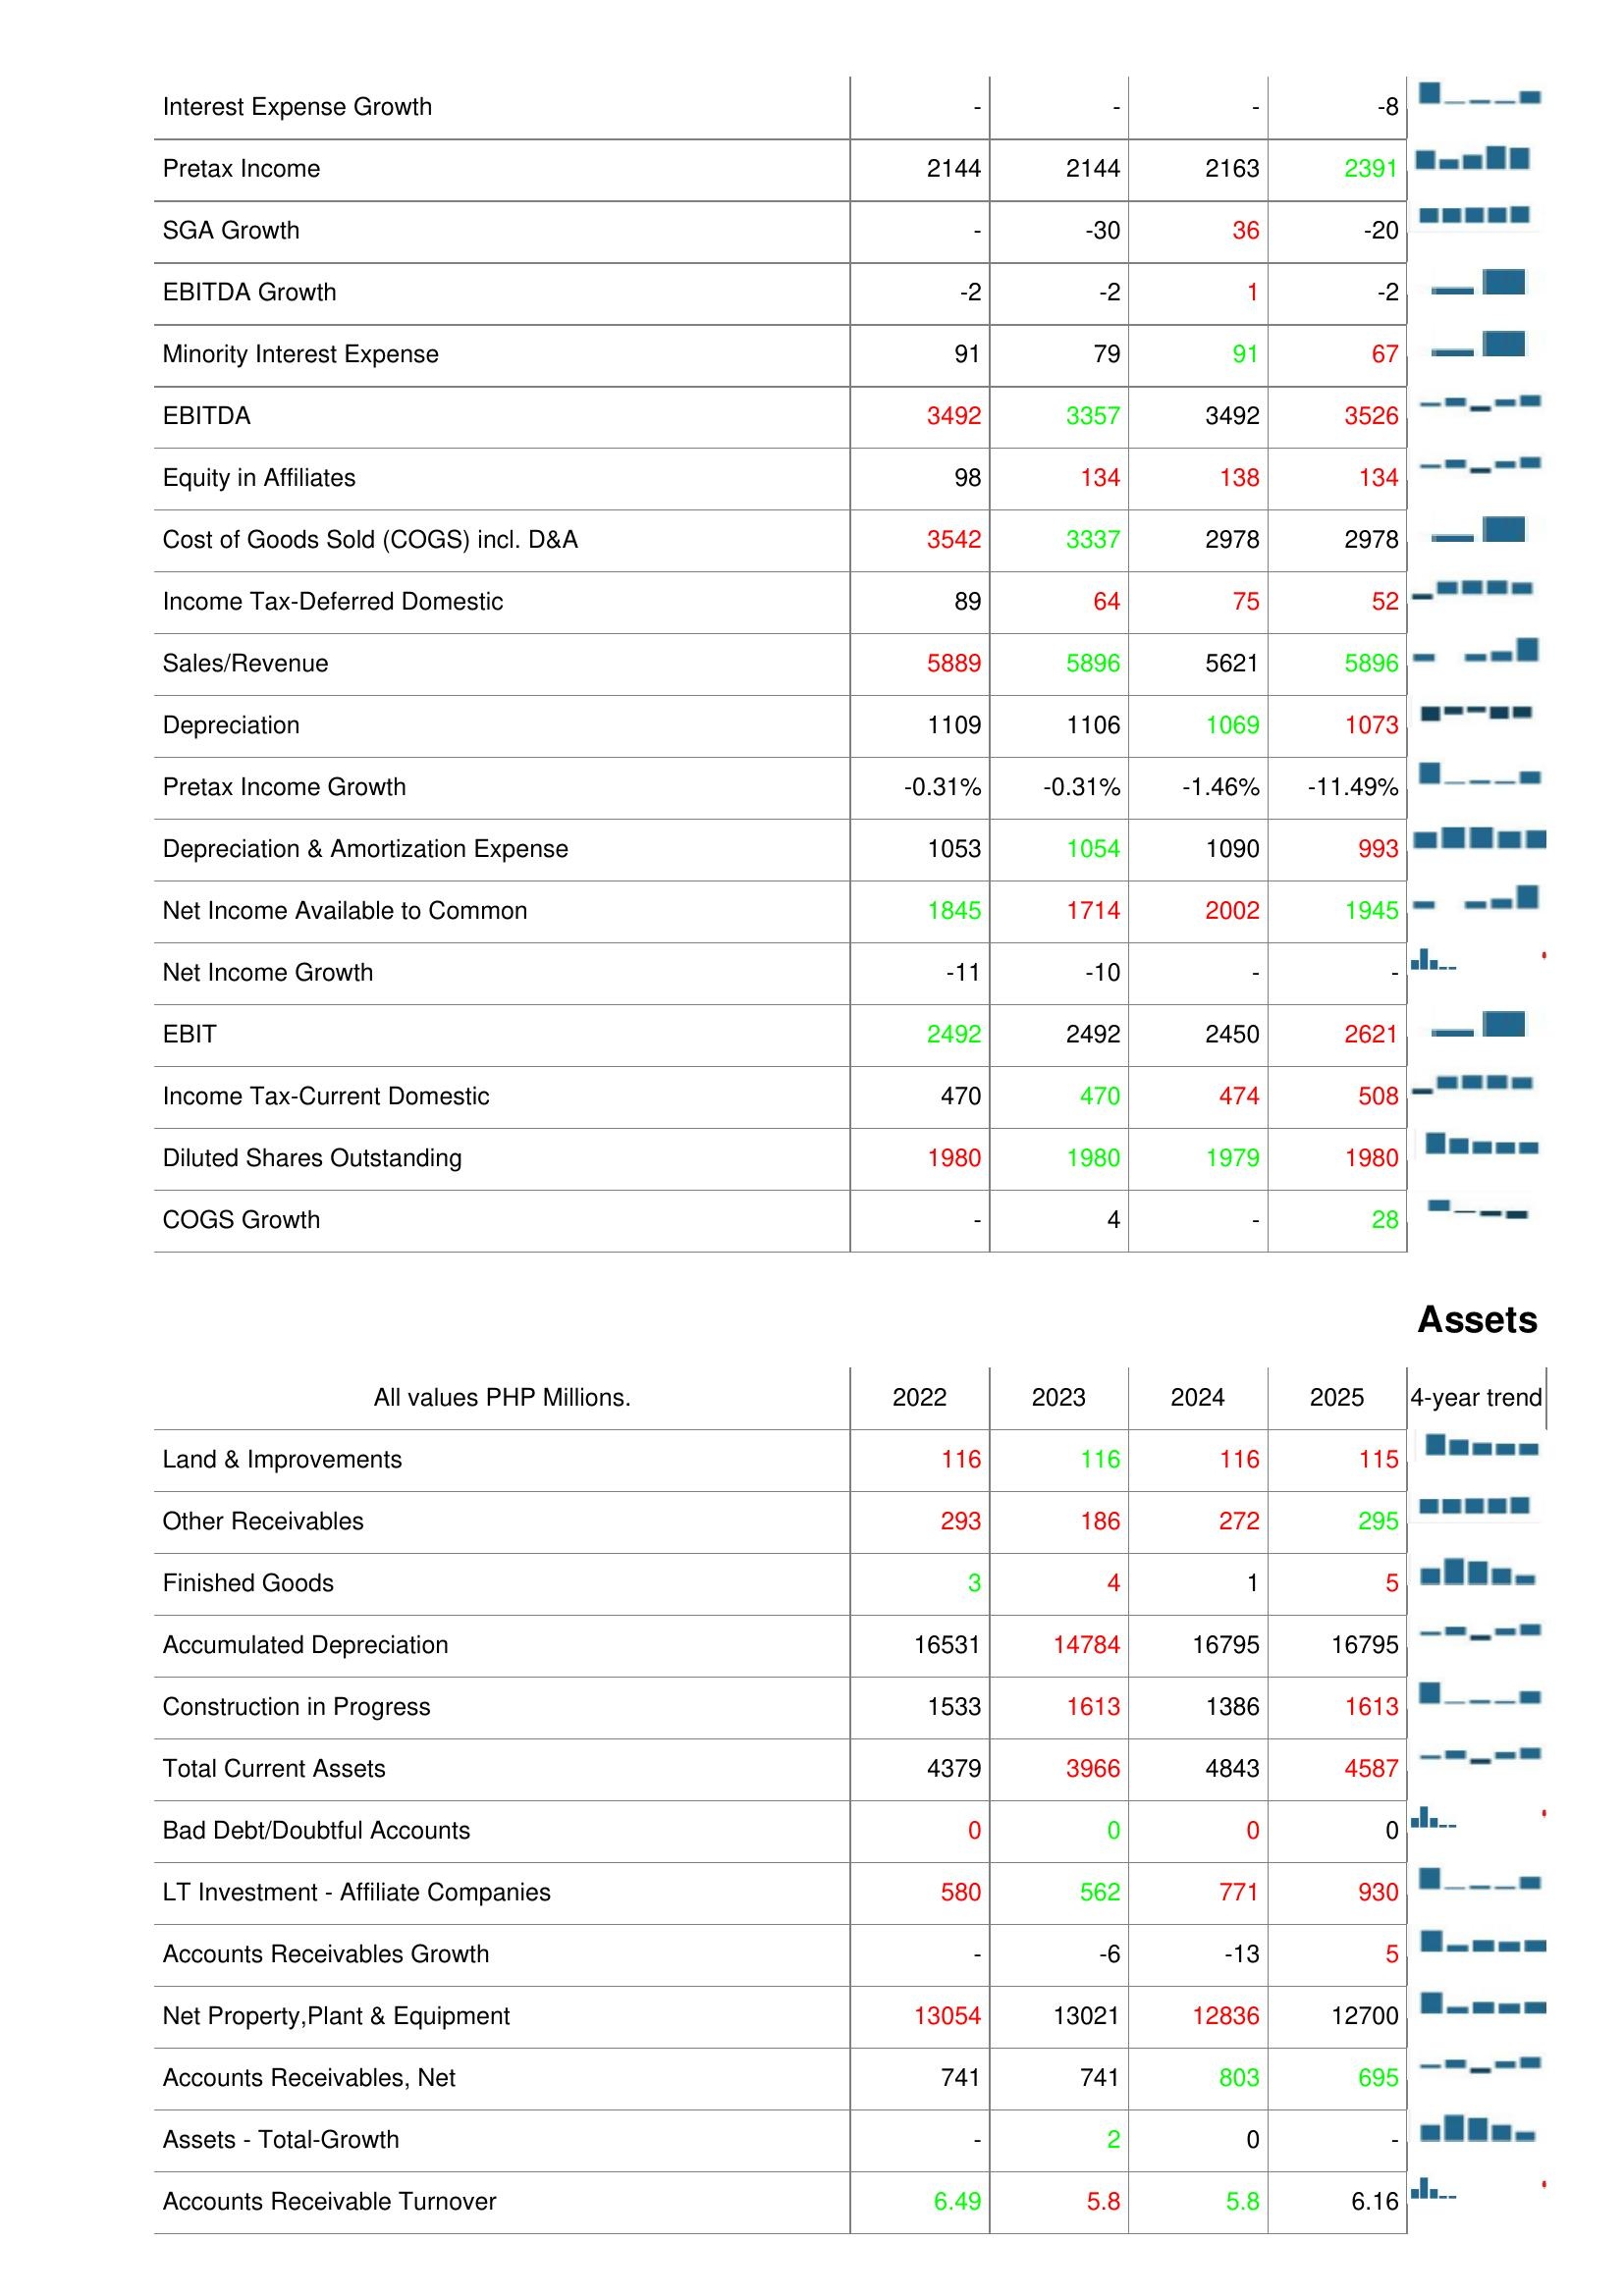
2022: : Interest Expense Growth: -
Pretax Income: 2144
SGA Growth: -
EBITDA Growth: -2
Minority Interest Expense: 91
EBITDA: 3492
Equity in Affiliates: 98
Cost of Goods Sold (COGS) incl. D&A: 3542
Income Tax-Deferred Domestic: 89
Sales/Revenue: 5889
Depreciation: 1109
Pretax Income Growth: -0.31%
Depreciation & Amortization Expense: 1053
Net Income Available to Common: 1845
Net Income Growth: -11
EBIT: 2492
Income Tax-Current Domestic: 470
Diluted Shares Outstanding: 1980
COGS Growth: -
Assets: Land & Improvements: 116
Other Receivables: 293
Finished Goods: 3
Accumulated Depreciation: 16531
Construction in Progress: 1533
Total Current Assets: 4379
Bad Debt/Doubtful Accounts: 0
LT Investment - Affiliate Companies: 580
Accounts Receivables Growth: -
Net Property,Plant & Equipment: 13054
Accounts Receivables, Net: 741
Assets - Total-Growth: -
Accounts Receivable Turnover: 6.49
2023: : Interest Expense Growth: -
Pretax Income: 2144
SGA Growth: -30
EBITDA Growth: -2
Minority Interest Expense: 79
EBITDA: 3357
Equity in Affiliates: 134
Cost of Goods Sold (COGS) incl. D&A: 3337
Income Tax-Deferred Domestic: 64
Sales/Revenue: 5896
Depreciation: 1106
Pretax Income Growth: -0.31%
Depreciation & Amortization Expense: 1054
Net Income Available to Common: 1714
Net Income Growth: -10
EBIT: 2492
Income Tax-Current Domestic: 470
Diluted Shares Outstanding: 1980
COGS Growth: 4
Assets: Land & Improvements: 116
Other Receivables: 186
Finished Goods: 4
Accumulated Depreciation: 14784
Construction in Progress: 1613
Total Current Assets: 3966
Bad Debt/Doubtful Accounts: 0
LT Investment - Affiliate Companies: 562
Accounts Receivables Growth: -6
Net Property,Plant & Equipment: 13021
Accounts Receivables, Net: 741
Assets - Total-Growth: 2
Accounts Receivable Turnover: 5.8
2024: : Interest Expense Growth: -
Pretax Income: 2163
SGA Growth: 36
EBITDA Growth: 1
Minority Interest Expense: 91
EBITDA: 3492
Equity in Affiliates: 138
Cost of Goods Sold (COGS) incl. D&A: 2978
Income Tax-Deferred Domestic: 75
Sales/Revenue: 5621
Depreciation: 1069
Pretax Income Growth: -1.46%
Depreciation & Amortization Expense: 1090
Net Income Available to Common: 2002
Net Income Growth: -
EBIT: 2450
Income Tax-Current Domestic: 474
Diluted Shares Outstanding: 1979
COGS Growth: -
Assets: Land & Improvements: 116
Other Receivables: 272
Finished Goods: 1
Accumulated Depreciation: 16795
Construction in Progress: 1386
Total Current Assets: 4843
Bad Debt/Doubtful Accounts: 0
LT Investment - Affiliate Companies: 771
Accounts Receivables Growth: -13
Net Property,Plant & Equipment: 12836
Accounts Receivables, Net: 803
Assets - Total-Growth: 0
Accounts Receivable Turnover: 5.8
2025: : Interest Expense Growth: -8
Pretax Income: 2391
SGA Growth: -20
EBITDA Growth: -2
Minority Interest Expense: 67
EBITDA: 3526
Equity in Affiliates: 134
Cost of Goods Sold (COGS) incl. D&A: 2978
Income Tax-Deferred Domestic: 52
Sales/Revenue: 5896
Depreciation: 1073
Pretax Income Growth: -11.49%
Depreciation & Amortization Expense: 993
Net Income Available to Common: 1945
Net Income Growth: -
EBIT: 2621
Income Tax-Current Domestic: 508
Diluted Shares Outstanding: 1980
COGS Growth: 28
Assets: Land & Improvements: 115
Other Receivables: 295
Finished Goods: 5
Accumulated Depreciation: 16795
Construction in Progress: 1613
Total Current Assets: 4587
Bad Debt/Doubtful Accounts: 0
LT Investment - Affiliate Companies: 930
Accounts Receivables Growth: 5
Net Property,Plant & Equipment: 12700
Accounts Receivables, Net: 695
Assets - Total-Growth: -
Accounts Receivable Turnover: 6.16